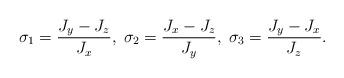
LaTeX: \begin{align*}\sigma_{1}=\frac{J_{y}-J_{z}}{J_{x}},\; \sigma_{2}=\frac{J_{x}-J_{z}}{J_{y}},\; \sigma_{3}=\frac{J_{y}-J_{x}}{J_{z}}.\end{align*}